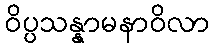
ဝိပ္ပသန္နာမနာဝိလာ